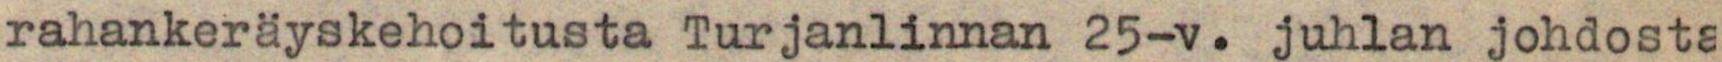
rahankeräyskehoitusta Turjanlinnan 25-v. juhlan johdosta